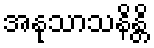
အနုသာသနိန္တိ